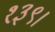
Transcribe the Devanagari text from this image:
१३९।